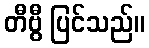
တီဗွီ ပြင်သည်။